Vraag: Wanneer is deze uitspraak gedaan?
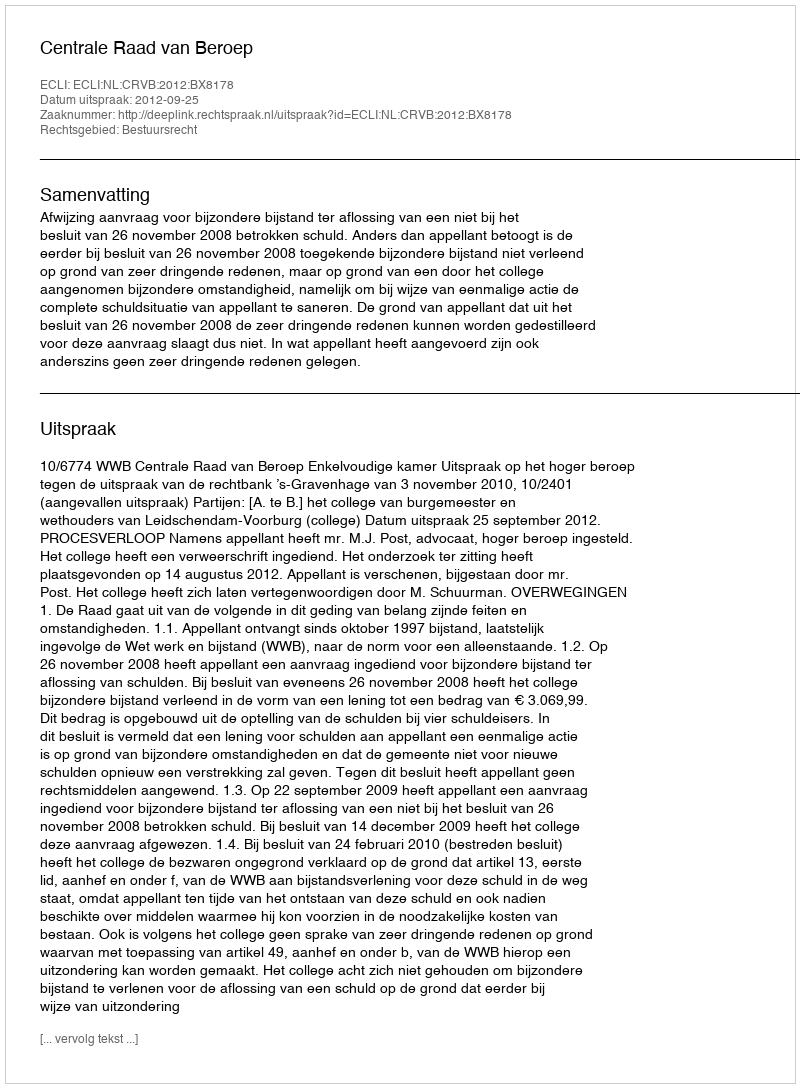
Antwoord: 2012-09-25